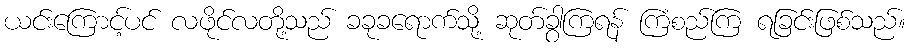
ယင်းကြောင့်ပင် လဖိုင်လတို့သည် ခခုခရောက်သို့ ဆုတ်ခွာကြရန် ကြံစည်ကြ ရခြင်းဖြစ်သည်။